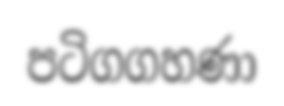
පටිගගහණා